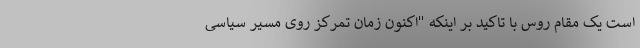
است یک مقام روس با تاکید بر اینکه "اکنون زمان تمرکز روی مسیر سیاسی